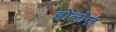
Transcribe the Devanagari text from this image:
होलोज़